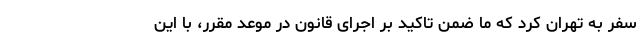
سفر به تهران کرد که ما ضمن تاکید بر اجرای قانون در موعد مقرر، با این